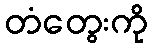
တံတွေးကို